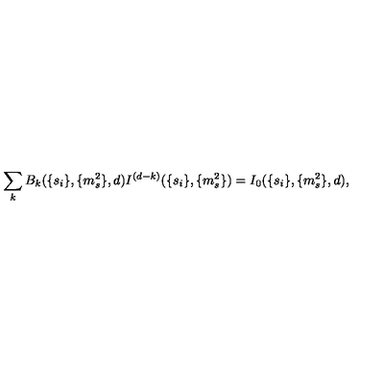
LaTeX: \sum _ { k } B _ { k } ( \{ s _ { i } \} , \{ m _ { s } ^ { 2 } \} , d ) I ^ { ( d - k ) } ( \{ s _ { i } \} , \{ m _ { s } ^ { 2 } \} ) = I _ { 0 } ( \{ s _ { i } \} , \{ m _ { s } ^ { 2 } \} , d ) ,